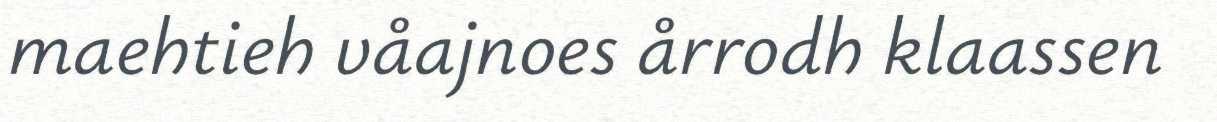
maehtieh våajnoes årrodh klaassen